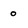
Character: 0